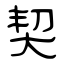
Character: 契